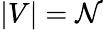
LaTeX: |V|=\mathcal{N}